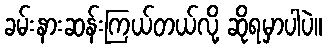
ခမ်းနားဆန်းကြယ်တယ်လို့ ဆိုရမှာပါပဲ။